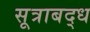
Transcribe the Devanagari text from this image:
सूत्राबद्ध